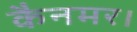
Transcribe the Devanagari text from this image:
कैनमर।